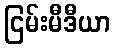
ငြမ်းမီဒီယာ